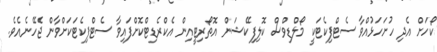
ކޯހަށް އެދި ހުށަހަޅުއްވާ ސެޓްފިކެޓަކީ މޯލްޑިވްސް ކޮލިފިކޭޝަން އޮތޯރިޓީއިން އެކްރެޑިޓްކޮށްފައިވާ ސެޓްފިކެޓަކަށްވާން ޖެހޭނެއެވެ.